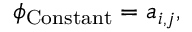
\phi _ { \mathrm { C o n s t a n t } } = a _ { i , j } ,